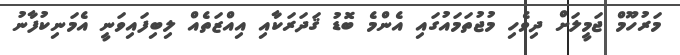
މަރުހޫމް ޖަމީލަށް ދިވެހި މުޖުތަމައުގައި އެންމެ ބޮޑު ޤަދަރަކާއި އިއްޒަތެއް ލިބިފައިވަނީ އެމަނިކުފާނު